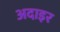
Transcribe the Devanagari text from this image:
अदाइर